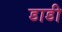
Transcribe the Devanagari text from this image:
डाडी